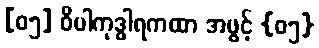
[၀၅] ဝိပါကုဒ္ဓါရကထာ အဖွင့် {၀၅}